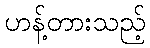
ဟန့်တားသည့်